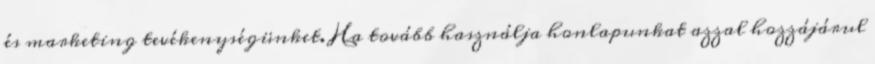
és marketing tevékenységünket. Ha tovább használja honlapunkat azzal hozzájárul